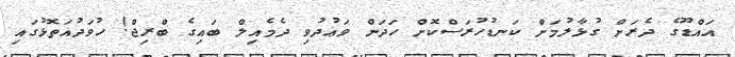
އައްޑޫގެ ދެރަށް ގުޅާލުމަށް ކަނޑުހުރަސްކޮށް ހަދަން ވަޢުދުވި ދެމެއިލް ބައިގެ ބްރިޖް! ހުވަދުއަތޮޅުގައި